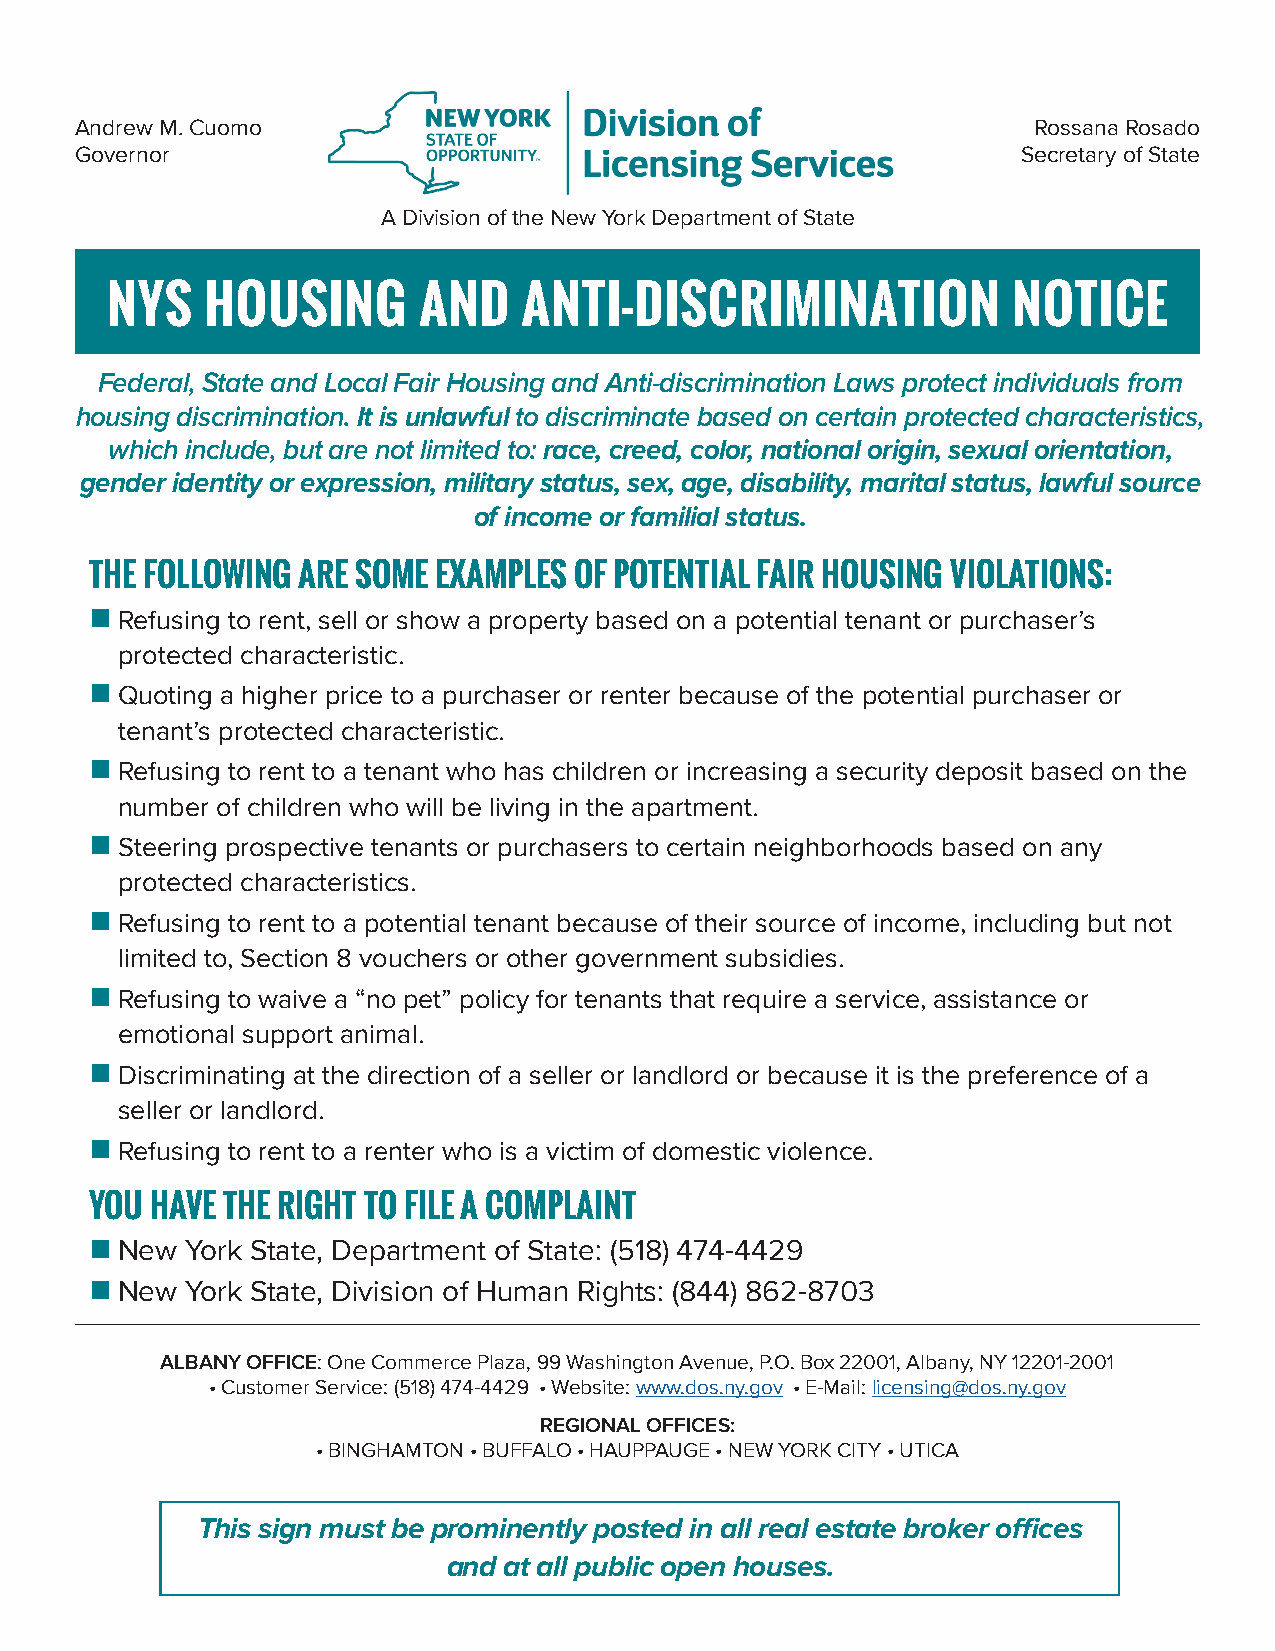
Andrew M. Cuomo                                                Rossana Rosado
 Governor                                                       Secretary of State
 A Division of the New York Department of State
 NYS    HOUSING       AND    ANTI-DISCRIMINATION             NOTICE
 Federal, State and Local Fair Housing and Anti-discrimination Laws protect individuals from
 housing discrimination. It is unlawful to discriminate based on certain protected characteristics,
 which include, but are not limited to: race, creed, color, national origin, sexual orientation,
 gender identity or expression, military status, sex, age, disability, marital status, lawful source
 of income or familial status.
 THE FOLLOWING ARE SOME EXAMPLES OF POTENTIAL FAIR HOUSING VIOLATIONS:
 n R efusing to rent, sell or show a property based on a potential tenant or purchaser’s
 protected characteristic.
 n Q uoting a higher price to a purchaser or renter because of the potential purchaser or
 tenant’s protected characteristic.
 n R efusing to rent to a tenant who has children or increasing a security deposit based on the
 number of children who will be living in the apartment.
 n S teering prospective tenants or purchasers to certain neighborhoods based on any
 protected characteristics.
 n R efusing to rent to a potential tenant because of their source of income, including but not
 limited to, Section 8 vouchers or other government subsidies.
 n R efusing to waive a “no pet” policy for tenants that require a service, assistance or
 emotional support animal.
 n D iscriminating at the direction of a seller or landlord or because it is the preference of a
 seller or landlord.
 n R efusing to rent to a renter who is a victim of domestic violence.
 YOU HAVE THE RIGHT TO FILE A COMPLAINT
 n New York State, Department of State: (518) 474-4429
 n New York State, Division of Human Rights: (844) 862-8703
 ALBANY OFFICE: One Commerce Plaza, 99 Washington Avenue, P.O. Box 22001, Albany, NY 12201-2001
 • Customer Service: (518) 474-4429 • Website: www.dos.ny.gov • E-Mail: licensing@dos.ny.gov
 REGIONAL OFFICES:
 • BINGHAMTON • BUFFALO • HAUPPAUGE • NEW YORK CITY • UTICA
 This sign must be prominently posted in all real estate broker offices
 and at all public open houses.